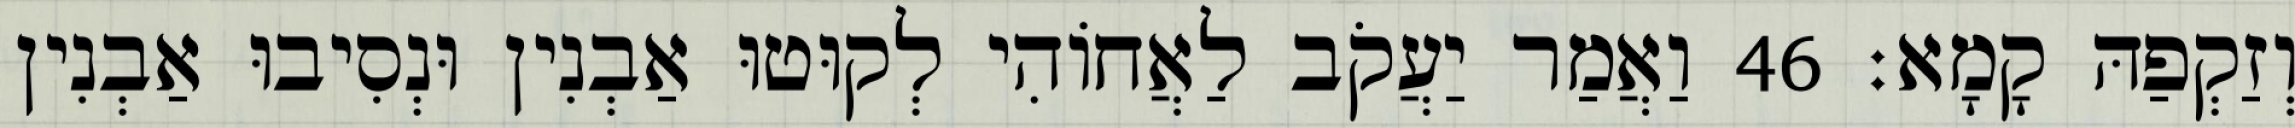
וְזַקְפַהּ קָמָא׃ 46 וַאֲמַר יַעֲקֹב לַאֲחוֹהִי לְקוּטוּ אַבְנִין וּנְסִיבוּ אַבְנִין